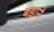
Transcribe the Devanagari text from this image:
बडाने